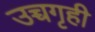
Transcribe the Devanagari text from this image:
उच्चगृही